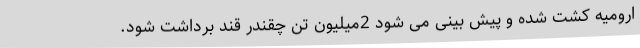
ارومیه کشت شده و پیش بینی می شود 2میلیون تن چقندر قند برداشت شود.